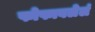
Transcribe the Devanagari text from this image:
फोफावलेलं